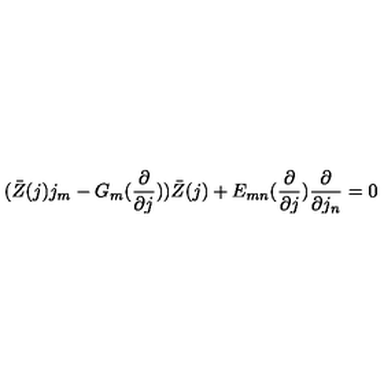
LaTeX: ( \bar { Z } ( j ) j _ { m } - G _ { m } ( \frac { \partial } { \partial j } ) ) \bar { Z } ( j ) + E _ { m n } ( \frac { \partial } { \partial j } ) \frac { \partial } { \partial j _ { n } } = 0